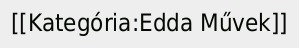
[[Kategória:Edda Művek]]